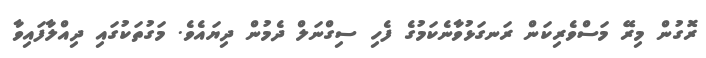
ރޮގުން މިރޭ މަސްވެރިކަން ރަނގަޅުވާނެކަމުގެ ފެހި ސިގްނަލް ދެމުން ދިޔައެވެ. މަގުތަކުގައި ދިއްލާފައިވާ